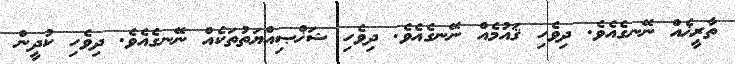
ތާރީޚެއް ނޭނގެއެވެ. ދިވެހި ޤައުމެއް ނޭނގެއެވެ. ދިވެހި ޝަޚްޞިއްޔަތުތަކެއް ނޭނގެއެވެ. ދިވެހި ކުދީން